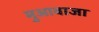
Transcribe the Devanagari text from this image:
मुआवाजा